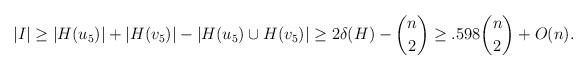
LaTeX: \begin{align*}|I|\ge|H(u_5)|+|H(v_5)|-|H(u_5)\cup H(v_5)|\ge2\delta(H)-\binom n2\ge .598\binom n2+O(n).\end{align*}